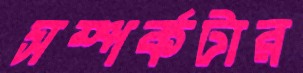
সম্পর্কটার